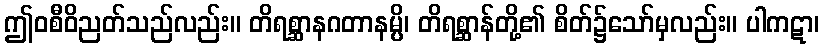
ဤဝစီဝိညတ်သည်လည်း။ တိရစ္ဆာနဂတာနမ္ပိ၊ တိရစ္ဆာန်တို့၏ စိတ်၌သော်မှလည်း။ ပါကဋာ၊